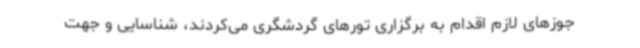
جوزهای لازم اقدام به برگزاری تورهای گردشگری می‌کردند، شناسایی و جهت